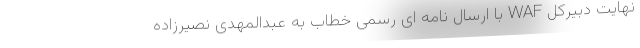
نهایت دبیرکل WAF با ارسال نامه ای رسمی خطاب به عبدالمهدی نصیرزاده